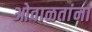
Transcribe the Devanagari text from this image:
ओवाळतांना